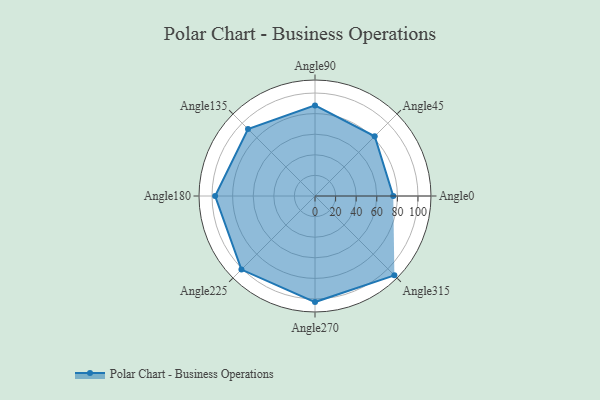
{"axis": {"x": "Angle", "y": "Radius"}, "legend": [""], "data": [{"x": "Angle0", "y": 76.0, "type": ""}, {"x": "Angle45", "y": 82.0, "type": ""}, {"x": "Angle90", "y": 88.0, "type": ""}, {"x": "Angle135", "y": 92.0, "type": ""}, {"x": "Angle180", "y": 97.0, "type": ""}, {"x": "Angle225", "y": 101.0, "type": ""}, {"x": "Angle270", "y": 103.0, "type": ""}, {"x": "Angle315", "y": 109.0, "type": ""}]}